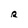
Character: R